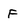
Character: f